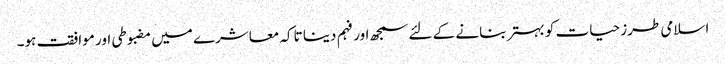
اسلامی طرز حیات کو بہتر بنانے کے لئے سمجھ اور فہم دینا تاکہ معاشرے میں مضبوطی اور موافقت ہو۔